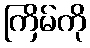
ကြိမ်ကို